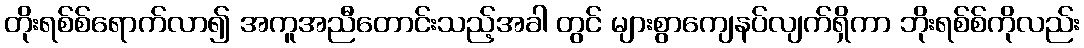
တိုးရစ်စ်ရောက်လာ၍ အကူအညီတောင်းသည့်အခါ တွင် များစွာကျေနပ်လျက်ရှိကာ ဘိုးရစ်စ်ကိုလည်း